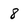
Character: 8